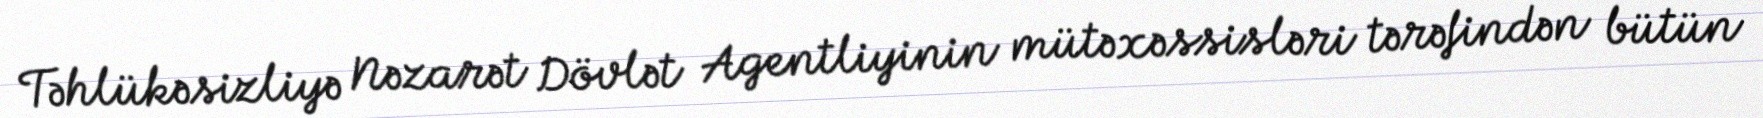
Təhlükəsizliyə Nəzarət Dövlət Agentliyinin mütəxəssisləri tərəfindən bütün